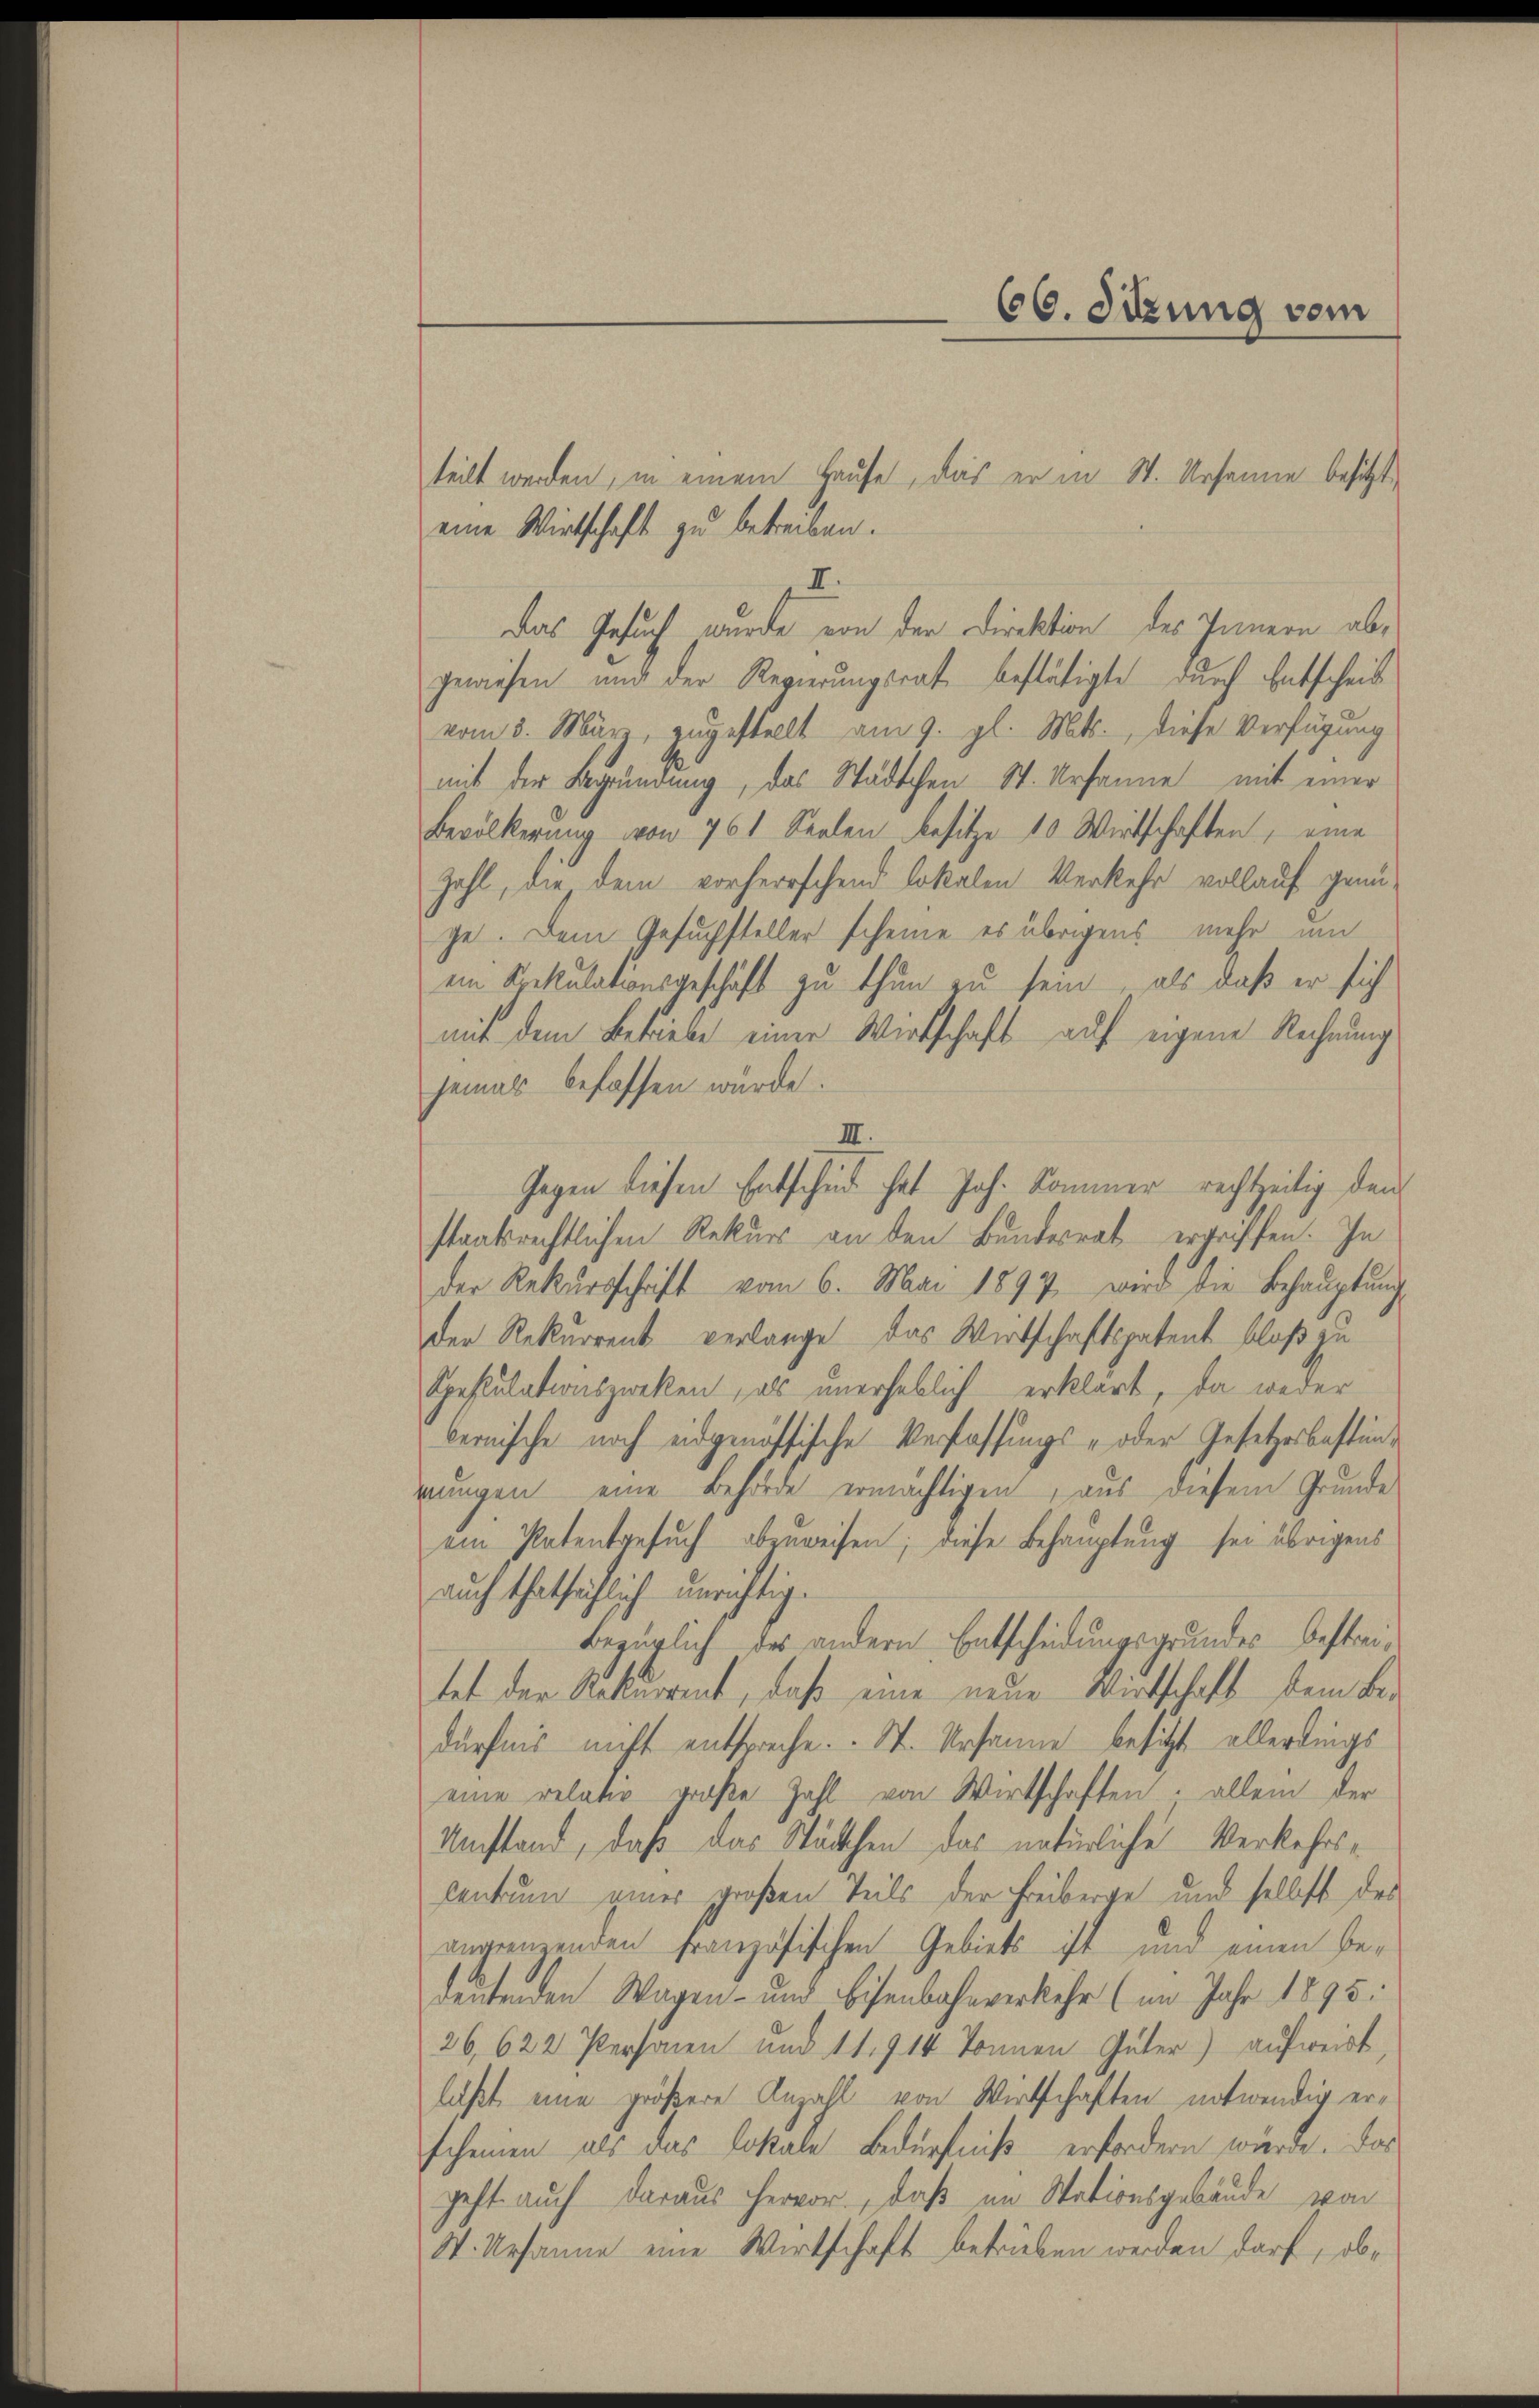
teilt werden, in einem Hause, das er in St. Ursanne besitzt
eine Wirtschaft zu betreiben.
II.
Das Gesuch wurde von der Direktion des Innern abgewiesen und der Regierungsrat bestätigte durch Entscheib
vom 3. März, zugestellt am 9. gl. Mts., diese Verfügung
mit der Begründung, das Städtchen St. Ursanne mit einer
Bevölkerung von 761 Seelen besitze 10 Wirtschaften, eine
Zahl, die dem vorherrschend lokalen Verkehr vollauf genüge. Dem Gesuchsteller scheine es übrigens mehr um
ein Spekulationsgeschäft zu thun zu sein, als daß er sich
mit dem Betriebe einer Wirtschaft auf eigene Rechnung
jemals befassen würde.
III.
staatsrechtlichen Rekurs an den Bundesrat ergriffen. In
der Rekŭrsschrift vom 6. Mai 1897, wird die Behauptung
der Rekurrent verlange das Wirtschaftspatent bloß zu
Spestulationszweken, als unerheblich erklärt, da weder
bernische noch eidgenössische Verfassungs- oder Gesetzesbestänrungen eine Behörde ermächtigen, aus diesem Grunde
ein Patentgesuch abzuweisen; diese Behauptung sei übrigens
auch thatsächlich unrichtig.
Bezüglich des andern Entscheidungsgrundes bestritet der Rekurrent, daß eine neue Wirtschaft dem Bedürfnis nicht entspreche. - St. Ursanne besitzt allerdings
eine relativ große Zahl von Wirtschaften allein der
Umstand, daß das Stätthen das natürliche Verkehrscentum einer großen Teils der Freiberge und selbst des
angrenzenden französischen Gebiets ist und einen Bedeutenden Wagen- und Eisenbahnverkehr (im Jahr 1895.
26,622 Personen und 11. 914 Tonnen Güter) aufweist
läßt eine größere Anzahl von Wirtschaften notwendig erscheinen als das Lokale Bedürfniß erfordern würde. Das
geht auch daraus hervor, daß im Stationsgebäude vor
W. Ursanne eine Wirtschaft betrieben werden darf, ob¬

60. Sitzung vom

Gegen diesen Entschud hat Joh. Kommer rechtzeitig den